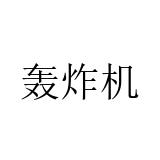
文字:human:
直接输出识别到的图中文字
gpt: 轰炸机